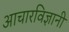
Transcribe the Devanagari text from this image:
आचारविज्ञानी